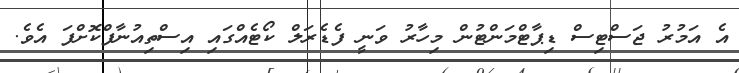
އެ އަމުރު ޖަސްޓިސް ޑިޕާޓްމަންޓުން މިހާރު ވަނީ ފެޑެރަލް ކޯޓެއްގައި އިސްތިއުނާފްކޮށްފަ އެވެ.